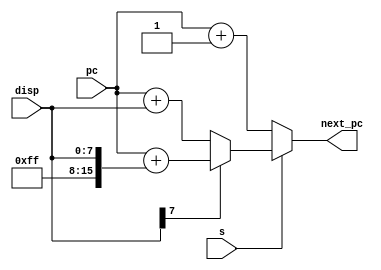
module pc_update (
   input [15:0] pc,
   input [7:0] disp,
   input s,
   output reg [15:0] next_pc
   );
   
   always @(*)
      if (s)
         if (disp[7])
            next_pc = pc + {8'hff, disp};
         else
            next_pc = pc + {8'h00, disp};         
      else
         next_pc = pc + 16'd1;
         
endmodule